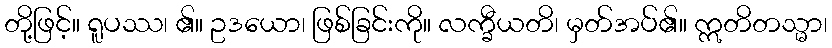
တို့ဖြင့်။ ရူပဿ၊ ၏။ ဥဒယော၊ ဖြစ်ခြင်းကို။ လက္ခီယတိ၊ မှတ်အပ်၏။ ဣတိတသ္မာ၊